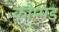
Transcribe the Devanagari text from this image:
कोप्पड